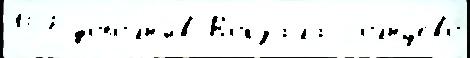
157 допо́лн'ив Вокза́ла Солнцево